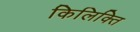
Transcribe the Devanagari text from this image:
किलिक्ति